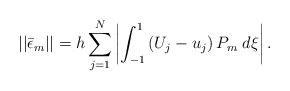
\begin{align*}||\bar{\epsilon}_{m}|| = h\sum_{j=1}^N \left| \int_{-1}^{1} \left( U_j - u_j\right) P_m \; d\xi \right|.\end{align*}